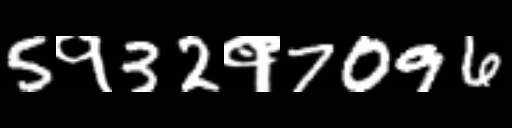
Text: 5१32१7096